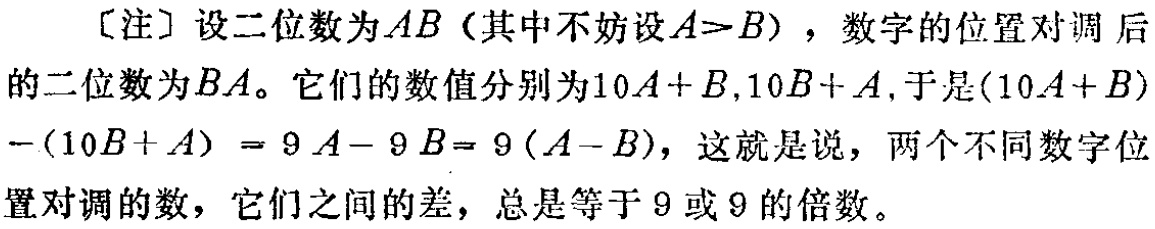
[注] 设二位数为 \(AB\)（其中不妨设 \(A > B\)），数字的位置对调后的二位数为 \(BA\)。它们的数值分别为 \(10A + B,10B + A\)，于是 \((10A + B)-(10B + A)=9A - 9B = 9(A - B)\)，这就是说，两个不同数字位置对调的数，它们之间的差，总是等于 \(9\) 或 \(9\) 的倍数。